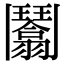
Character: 𩰙